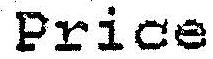
PRICE